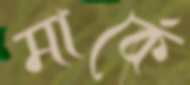
মার্কে